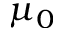
\mu _ { 0 }